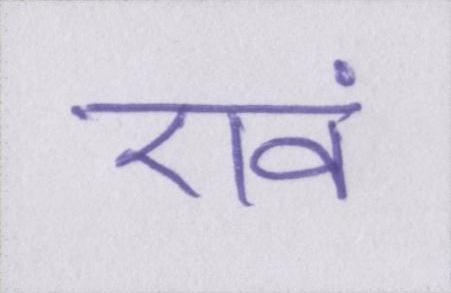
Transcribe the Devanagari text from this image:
एवं